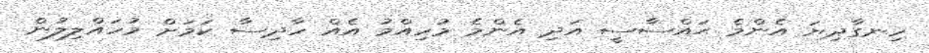
ހިނގާދިޔަ އެންމެ ޙައްސާސީ އަދި އެންމެ މުހިއްމު އެއް ހާދިސާ ކަމަށް މުހައްލިލުން